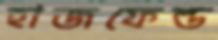
হাজফেল্ড